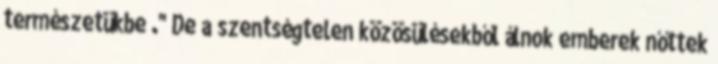
természetükbe ." De a szentségtelen közösülésekből álnok emberek nőttek